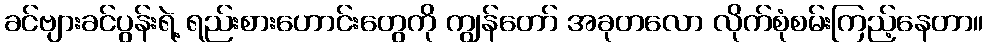
ခင်ဗျားခင်ပွန်းရဲ့ ရည်းစားဟောင်းတွေကို ကျွန်တော် အခုတလော လိုက်စုံစမ်းကြည့်နေတာ။